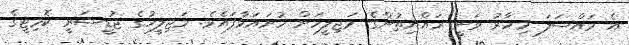
އެ މައްސަލަ މިހާރު ވަނީ ރައްޔިތުންގެ މަޖިލީހަށް ހުށައަޅާފައެވެ. މަޖިލީހުގެ ޖުޑީޝަރީ ކޮމިޓީގެ